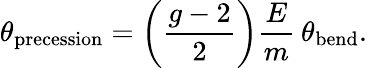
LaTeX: \theta_{\mathrm{precession}}=\left({\frac{g-2}{2}}\right){\frac{E}{m}}\: \theta_{\mathrm{bend}}.